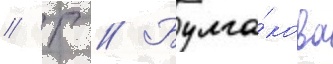
// Г // Булга́кова